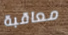
معاقبة